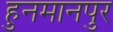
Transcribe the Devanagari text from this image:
हुनमानपुर